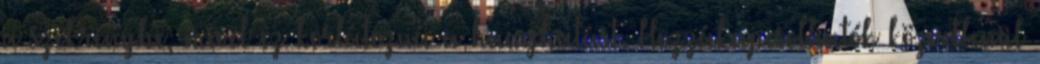
a szekrénybe, mivel ez korlátozná a hanghatást. Hozzákapcsolhatók közvetlenül